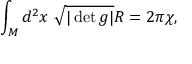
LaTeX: \int _ { M } d ^ { 2 } x \ \sqrt { | \operatorname * { d e t } g | } R = 2 \pi \chi ,